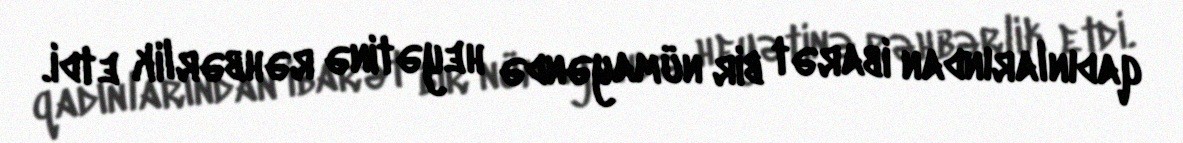
qadınlarından ibarət bir nümayəndə heyətinə rəhbərlik etdi.